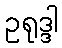
ဥရုဒ္ဒါ